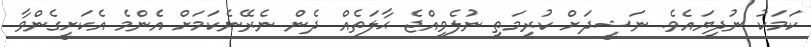
ކަމަކު ނުދިޔައެވެ. ނަޝީދަށް ކުރިމަތި ނުލެވިއްޖެ ޙާލަތެއް ދެން ނެރޭނެކަމަށް އެންމެ އެކަށީގެންވާ